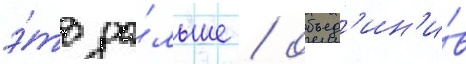
э́то да́льше / объед'ин'и́в